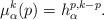
LaTeX: \begin{align*}\mu_\alpha^k(p)=h_\alpha^{p,k-p}.\end{align*}